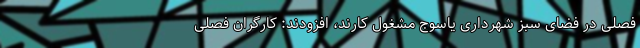
فصلی در فضای سبز شهرداری یاسوج مشغول کارند، افزودند: کارگران فصلی